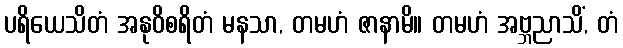
ပရိယေသိတံ အနုဝိစရိတံ မနသာ, တမဟံ ဇာနာမိ။ တမဟံ အဗ္ဘညာသိံ, တံ